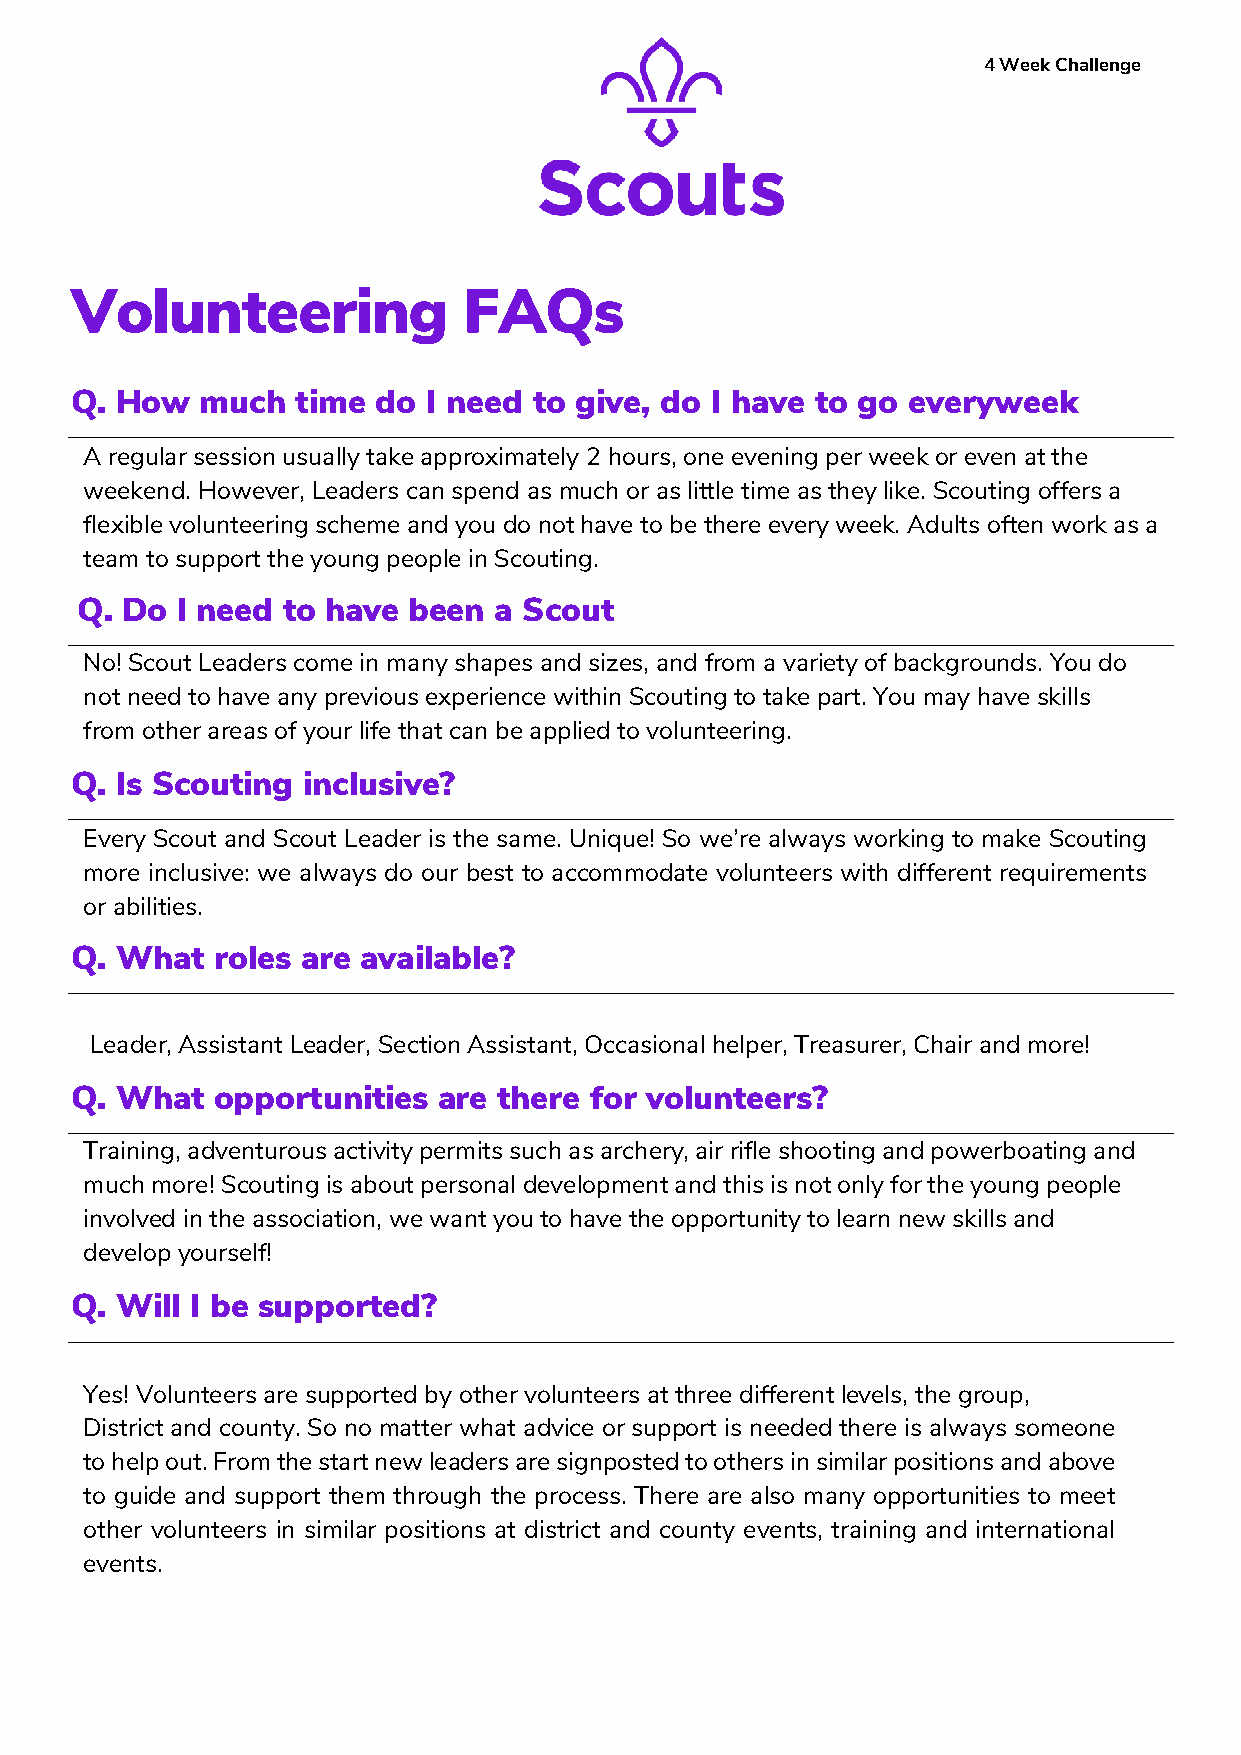
4 Week Challenge
 Volunteering              FAQs
 Q. How  much   time do I need to give, do I have to go everyweek
 A regular session usually take approximately 2 hours, one evening per week or even at the
 weekend. However, Leaders can spend as much or as little time as they like. Scouting offers a
 flexible volunteering scheme and you do not have to be there every week. Adults often work as a
 team to support the young people in Scouting.
 Q. Do  I need to have been  a Scout
 No! Scout Leaders come in many shapes and sizes, and from a variety of backgrounds. You do
 not need to have any previous experience within Scouting to take part. You may have skills
 from other areas of your life that can be applied to volunteering.
 Q. Is Scouting inclusive?
 Every Scout and Scout Leader is the same. Unique! So we’re always working to make Scouting
 more inclusive: we always do our best to accommodate volunteers with different requirements
 or abilities.
 Q. What  roles are available?
 Leader, Assistant Leader, Section Assistant, Occasional helper, Treasurer, Chair and more!
 Q. What  opportunities  are there for volunteers?
 Training, adventurous activity permits such as archery, air rifle shooting and powerboating and
 much more! Scouting is about personal development and this is not only for the young people
 involved in the association, we want you to have the opportunity to learn new skills and
 develop yourself!
 Q. Will I be supported?
 Yes! Volunteers are supported by other volunteers at three different levels, the group,
 District and county. So no matter what advice or support is needed there is always someone
 to help out. From the start new leaders are signposted to others in similar positions and above
 to guide and support them through the process. There are also many opportunities to meet
 other volunteers in similar positions at district and county events, training and international
 events.